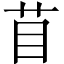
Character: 苜